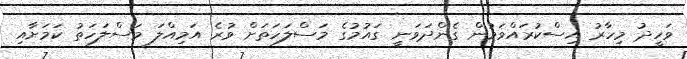
ވަހީދު މިހާރު އިސްކުރައްވަމުން ގެންދަވަނީ ގައުމުގެ މަސްލަހަތަށް ވުރެ އަމިއްލަ މަސްލަހަތު ކަމަށާއި